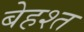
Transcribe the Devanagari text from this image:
बेहश्त